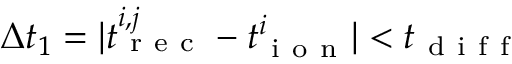
\Delta t _ { 1 } = | t _ { \mathrm { ~ r ~ e ~ c ~ } } ^ { i , j } - t _ { \mathrm { ~ i ~ o ~ n ~ } } ^ { i } | < t _ { \mathrm { ~ d ~ i ~ f ~ f ~ } }